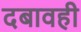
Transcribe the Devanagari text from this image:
दबावही